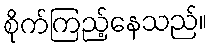
စိုက်ကြည့်နေသည်။